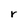
Character: r